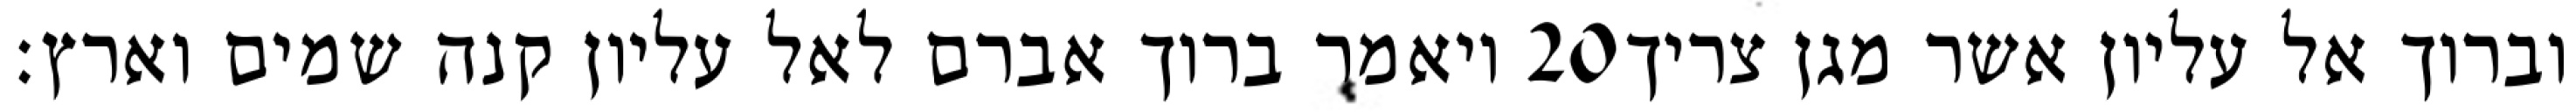
ויאמר ברוך אברם לאל עליון קנה שמים וארץ׃ ‎20‏ וברוך אל עליון אשר מגן צריך